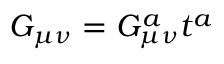
G _ { \mu \nu } = G _ { \mu \nu } ^ { a } t ^ { a }